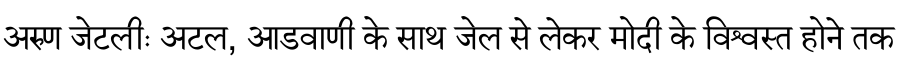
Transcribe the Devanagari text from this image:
अरुण जेटलीः अटल, आडवाणी के साथ जेल से लेकर मोदी के विश्वस्त होने तक